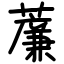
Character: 薕